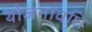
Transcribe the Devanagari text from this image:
योजनावधि